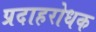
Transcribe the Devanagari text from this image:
प्रदाहरोधक